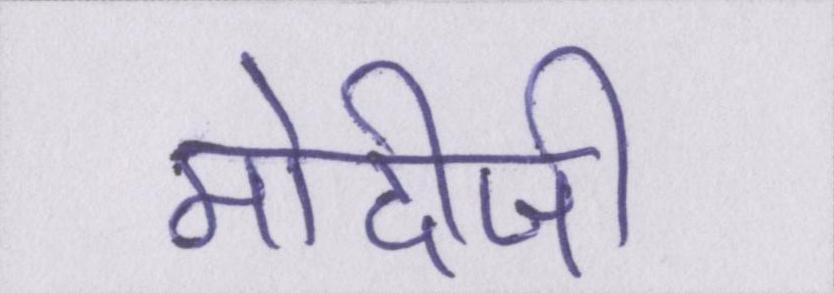
मोदीजी